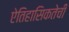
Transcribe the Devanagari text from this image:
ऐतिहासिकतेची